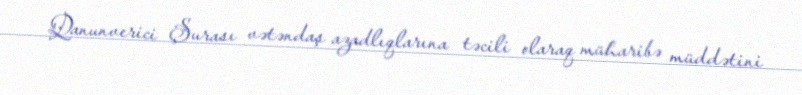
Qanunverici Şurası vətəndaş azadlıqlarına təcili olaraq müharibə müddətini